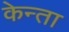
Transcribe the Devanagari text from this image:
केन्ता